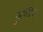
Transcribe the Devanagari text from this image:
सुम्लिन